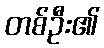
တစ်ဦး၏